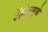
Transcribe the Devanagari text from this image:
हॅझेलमुळे